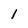
Character: 1